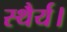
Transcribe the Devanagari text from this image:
स्थैर्य।